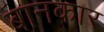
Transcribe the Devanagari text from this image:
बानकार